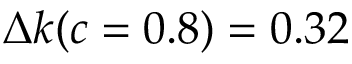
\Delta k ( c = 0 . 8 ) = 0 . 3 2